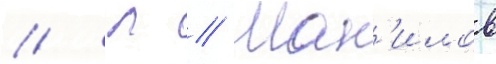
// Л // Ман'илов